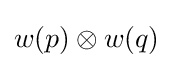
w(p)\otimes w(q)